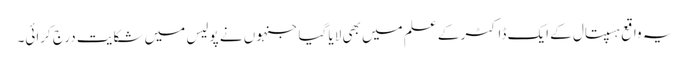
یہ واقع ہسپتال کے ایک ڈاکٹر کے علم میں بھی لایا گیا جنہوں نے پولیس میں شکایت درج کرائی۔